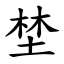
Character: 埜